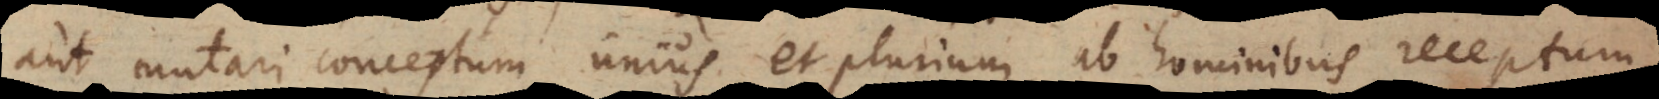
aut mutari conceptum unius et plurium, ab hominibus receptum,